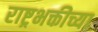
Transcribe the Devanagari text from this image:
राष्ट्रभक्तीच्या